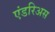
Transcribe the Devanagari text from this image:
एंडरिअस